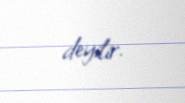
deyilir.